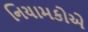
નિયામકોએ